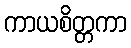
ကာယစိတ္တကာ